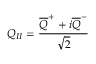
Q _ { I I } = \frac { \overline { { { Q } } } ^ { + } + i \overline { { { Q } } } ^ { - } } { \sqrt { 2 } }